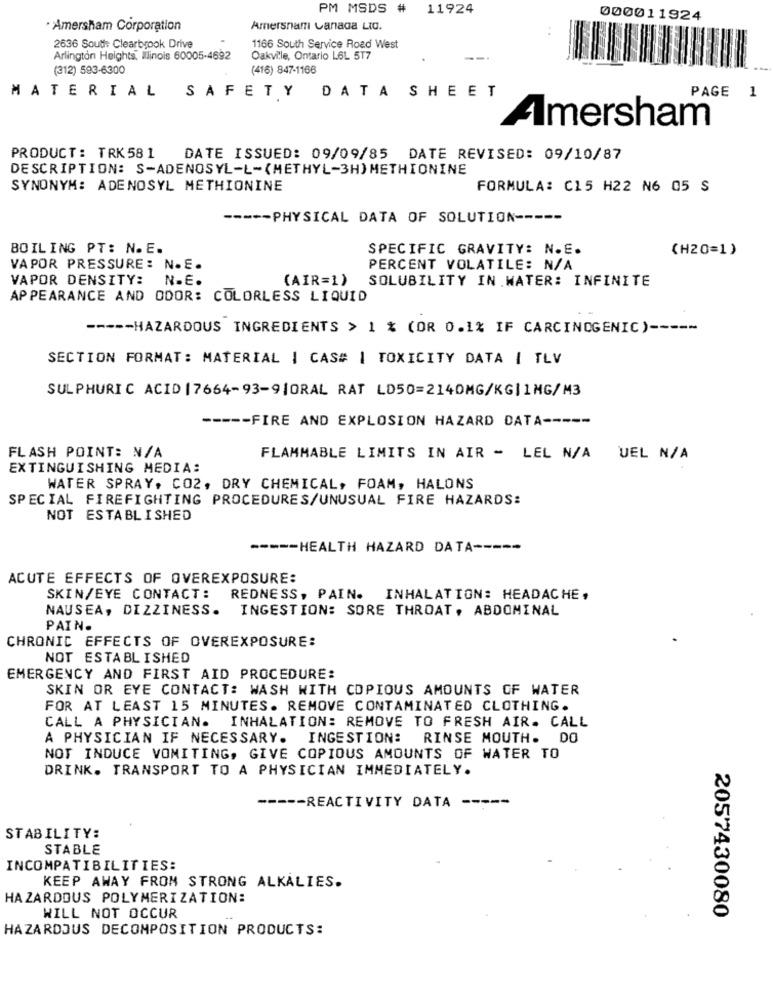
PM MSDS # 11924
000011924
Amersham Corporation
Amersnam Canada Ltd.
2636 South Clearbrook Drive
1166 South Service Road West
Arlington Heights, Illinois 60005-4692
Oakville, Ontario L6L 5T7
--
(312) 593-6300
(416) 847-1166
MATERIAL SAFETY DATA SHEET
PAGE 1
Amersham
PRODUCT : TRK 58 1
DATE ISSUED: 09/09/85 DATE REVISED: 09/10/87
DESCRIPTION: S-ADENOSYL-L-(METHYL-3H) METHIONINE
SYNONYM: ADENOSYL METHIONINE
FORMULA: C15 H22 N6 05 S
----- PHYSICAL DATA OF SOLUTION -----
BOILING PT: N.E.
SPECIFIC GRAVITY: N.E.
(H20=1)
VAPOR PRESSURE : N.E.
PERCENT VOLATILE: N/A
VAPOR DENSITY: N.E.
(AIR=1)
SOLUBILITY IN.WATER: INFINITE
APPEARANCE AND ODOR: COLORLESS LIQUID
----- HAZARDOUS INGREDIENTS > 1 % (OR 0.1% IF CARCINOGENIC) -----
SECTION FORMAT: MATERIAL | CAS# | TOXICITY DATA | TLV
SULPHURIC ACID(7664-93-9|ORAL RAT LD50=2140MG/KG|1MG/M3
----- FIRE AND EXPLOSION HAZARD DATA -----
FLASH POINT: N/A
FLAMMABLE LIMITS IN AIR - LEL N/A UEL N/A
EXTINGUISHING MEDIA:
WATER SPRAY, CO2, DRY CHEMICAL, FOAM, HALONS
SPECIAL FIREFIGHTING PROCEDURES/UNUSUAL FIRE HAZARDS:
NOT ESTABLISHED
----- HEALTH HAZARD DATA -----
ACUTE EFFECTS OF OVEREXPOSURE:
SKIN/EYE CONTACT: REDNESS, PAIN. INHALATION: HEADACHE,
NAUSEA, DIZZINESS.
INGESTION: SORE THROAT, ABDOMINAL
PAIN.
CHRONIC EFFECTS OF OVEREXPOSURE:
NOT ESTABLISHED
EMERGENCY AND FIRST AID PROCEDURE:
SKIN OR EYE CONTACT: WASH WITH COPIOUS AMOUNTS OF WATER
FOR AT LEAST 15 MINUTES. REMOVE CONTAMINATED CLOTHING.
CALL A PHYSICIAN. INHALATION: REMOVE TO FRESH AIR. CALL
A PHYSICIAN IF NECESSARY. INGESTION: RINSE MOUTH. DO
NOT INDUCE VOMITING, GIVE COPIOUS AMOUNTS OF WATER TO
DRINK. TRANSPORT TO A PHYSICIAN IMMEDIATELY.
----- REACTIVITY DATA
STABILITY:
STABLE
INCOMPATIBILITIES:
KEEP AWAY FROM STRONG ALKALIES.
HAZARDOUS POLYMERIZATION:
2057430080
WILL NOT OCCUR
HAZARDOUS DECOMPOSITION PRODUCTS: